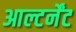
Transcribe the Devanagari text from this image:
आल्टर्नेंट